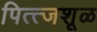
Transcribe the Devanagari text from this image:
पित्त्जशूळ